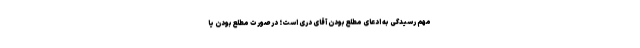
مهم رسیدگى به ادعاى مطلع‌بودن آقای درى است؛ در صورت مطلع‌بودن یا